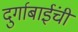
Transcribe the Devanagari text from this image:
दुर्गाबाईंची